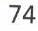
74